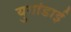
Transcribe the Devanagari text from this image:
युगांडाई